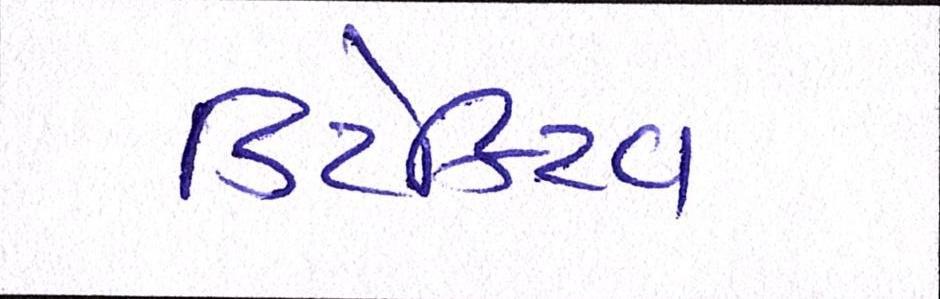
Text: ડિટેક્ટિવ